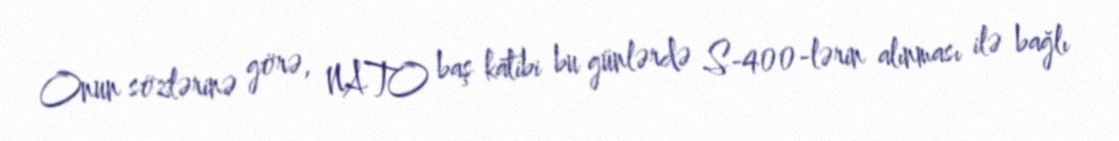
Onun sözlərinə görə, NATO baş katibi bu günlərdə S-400-lərin alınması ilə bağlı